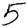
Digit: 5